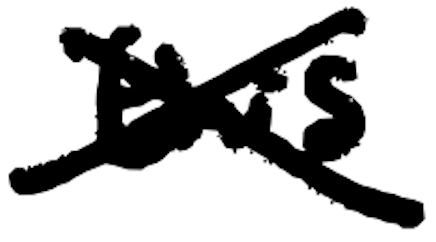
Text: this
Cross-out: cross
Writing tool: digital_black